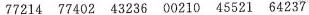
77214 77402 43236 00210 45521 64237